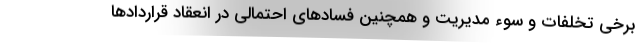
برخی تخلفات و سوء مدیریت و همچنین فسادهای احتمالی در انعقاد قراردادها